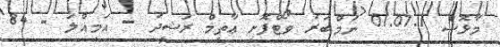
މާޅޮސް 01.07.1 ނަމްބަރު ވޯޓްފޮށި ޢާޡިމް ރަޝީދު - އަމިއްލަ - 84